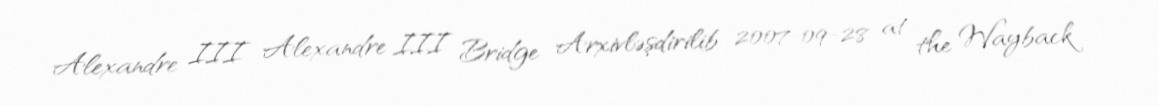
Alexandre III Alexandre III Bridge Arxivləşdirilib 2007-09-28 at the Wayback